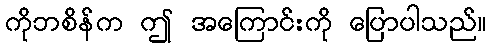
ကိုဘစိန်က ဤ အကြောင်းကို ပြောပါသည်။